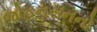
જોહનસનનો